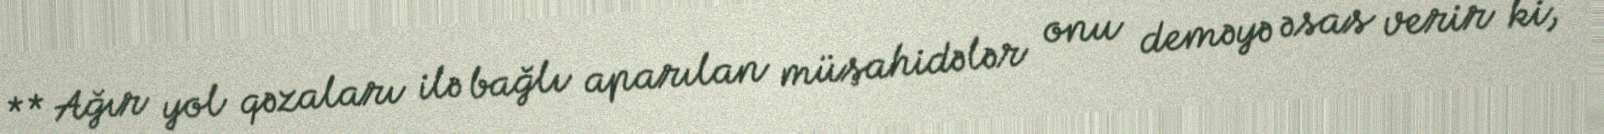
** Ağır yol qəzaları ilə bağlı aparılan müşahidələr onu deməyə əsas verir ki,